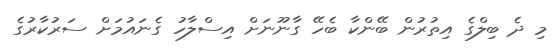
މި ދެ ބިލްގެ އިތުރުން ބޭންކާ ބެހޭ ގާނޫނަށް އިސްލާހު ގެނައުމަށް ސަރުކާރުގެ